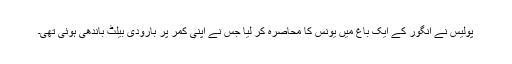
پولیس نے انگور کے ایک باغ میں یونس کا محاصرہ کر لیا جس نے اپنی کمر پر بارودی بیلٹ باندھی ہوئی تھی۔